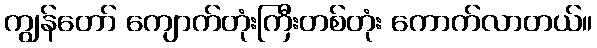
ကျွန်တော် ကျောက်တုံးကြီးတစ်တုံး ကောက်လာတယ်။